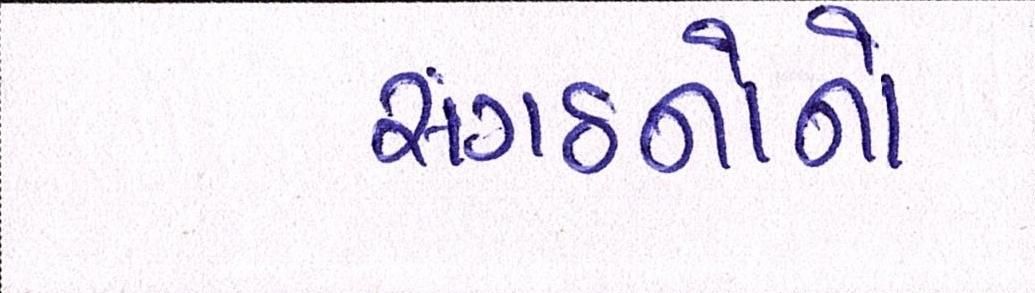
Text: સંગઠનોનો